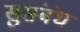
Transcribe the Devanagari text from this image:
सुसंबंध